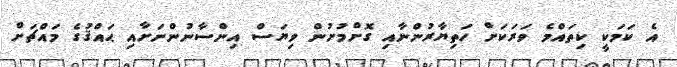
އެ ކަމަކީ ކިތައްމެ ވަރަކަށް ހަތިޔާރުންނާއި ގޮށްމުށުން ވިޔަސް އިންސާނުންނަށާއި ޙައްޤުގެ މައްޗަށް